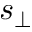
s _ { \perp }